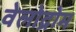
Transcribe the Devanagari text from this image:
वेलोद्रोम